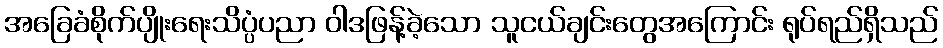
အခြေခံစိုက်ပျိုးရေးသိပ္ပံပညာ ဝါဒဖြန့်ခဲ့သော သူငယ်ချင်းတွေအကြောင်း ရုပ်ရည်ရှိသည်